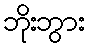
ဘိုးဘွား